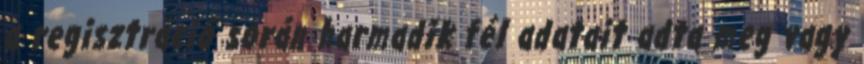
a regisztráció során harmadik fél adatait adta meg vagy